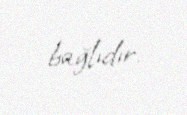
bağlıdır.